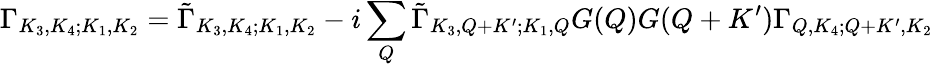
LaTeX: \Gamma_{K_{3},K_{4};K_{1},K_{2}}={\tilde{\Gamma}}_{K_{3},K_{4};K_{1},K_{2}}-i\sum_{Q}{\tilde{\Gamma}}_{K_{3},Q+K^{\prime};K_{1},Q}G(Q)G(Q+K^{\prime})\Gamma_{Q,K_{4};Q+K^{\prime},K_{2}}